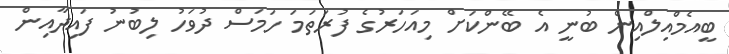
ބީއެމްއިލްއިން ބުނީ އެ ބޭންކަށް މިއަހަރުގެ ފުރަތަމަ ހަމަސް ދުވަހު ލިބުނު ފައިދާއިން